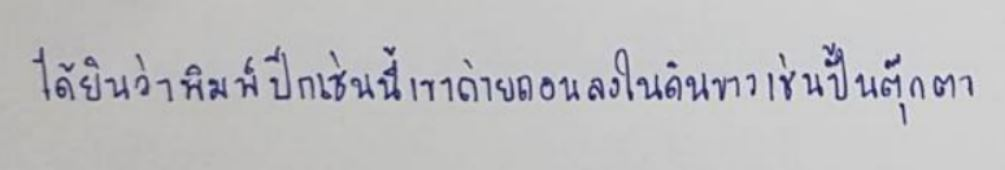
ได้ยินว่าพิมพ์ปีกเช่นนี้เขาถ่ายถอนลงในดินขาวเช่นปั้นตุ๊กตา